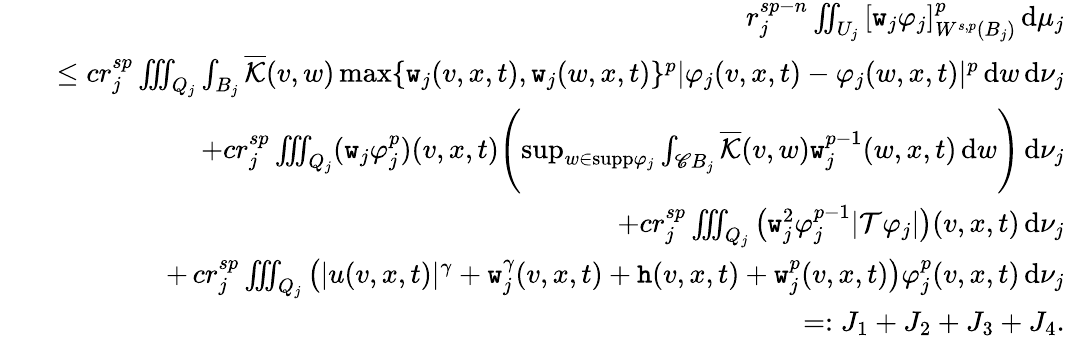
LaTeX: \begin{array}{rlr}&{}&{r_{j}^{sp-n}\iint_{U_{j}}\, [\texttt{w}_{j}\varphi_{j}]_{W^{s,p}(B_{j})}^{p}\, \mathrm{d}\mu_{j}}\\ &{}&{\le cr_{j}^{sp}\iiint_{Q_{j}}\int_{B_{j}}\overline{{\mathcal{K}}}(v,w)\operatorname*{max}\{ \texttt{w}_{j}(v,x,t),\texttt{w}_{j}(w,x,t)\} ^{p}\lvert\varphi_{j}(v,x,t)-\varphi_{j}(w,x,t)\rvert^{p}\, \mathrm{d}w\, \mathrm{d}\nu_{j}}\\ &{}&{\quad+cr_{j}^{sp}\iiint_{Q_{j}}(\texttt{w}_{j}\varphi_{j}^{p})(v,x,t)\Biggl(\operatorname*{sup}_{w\in\textup{supp}\varphi_{j}}\int_{\mathscr{C}B_{j}}\overline{{\mathcal{K}}}(v,w)\texttt{w}_{j}^{p-1}(w,x,t)\, \mathrm{d}w\Biggr)\, \mathrm{d}\nu_{j}}\\ &{}&{\quad+cr_{j}^{sp}\iiint_{Q_{j}}\big(\texttt{w}_{j}^{2}\varphi_{j}^{p-1}\lvert\mathcal{T}\varphi_{j}\rvert\big)(v,x,t)\, \mathrm{d}\nu_{j}}\\ &{}&{\quad+\, cr_{j}^{sp}\iiint_{Q_{j}}\big(\lvert u(v,x,t)\rvert^{\gamma}+\texttt{w}_{j}^{\gamma}(v,x,t)+\textup{\texttt{h}}(v,x,t)+\texttt{w}_{j}^{p}(v,x,t)\big)\varphi_{j}^{p}(v,x,t)\, \mathrm{d}\nu_{j}}\\ &{}&{=:J_{1}+J_{2}+J_{3}+J_{4}.}\end{array}